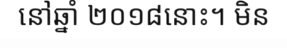
នៅឆ្នាំ ២០១៨នោះ។ មិន